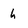
Character: h